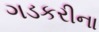
ગડકરીના